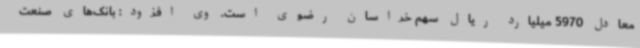
معادل 5970 میلیارد ریال سهم خراسان رضوی است. وی افزود: بانک‌های صنعت